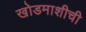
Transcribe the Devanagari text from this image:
खोडमाशीची